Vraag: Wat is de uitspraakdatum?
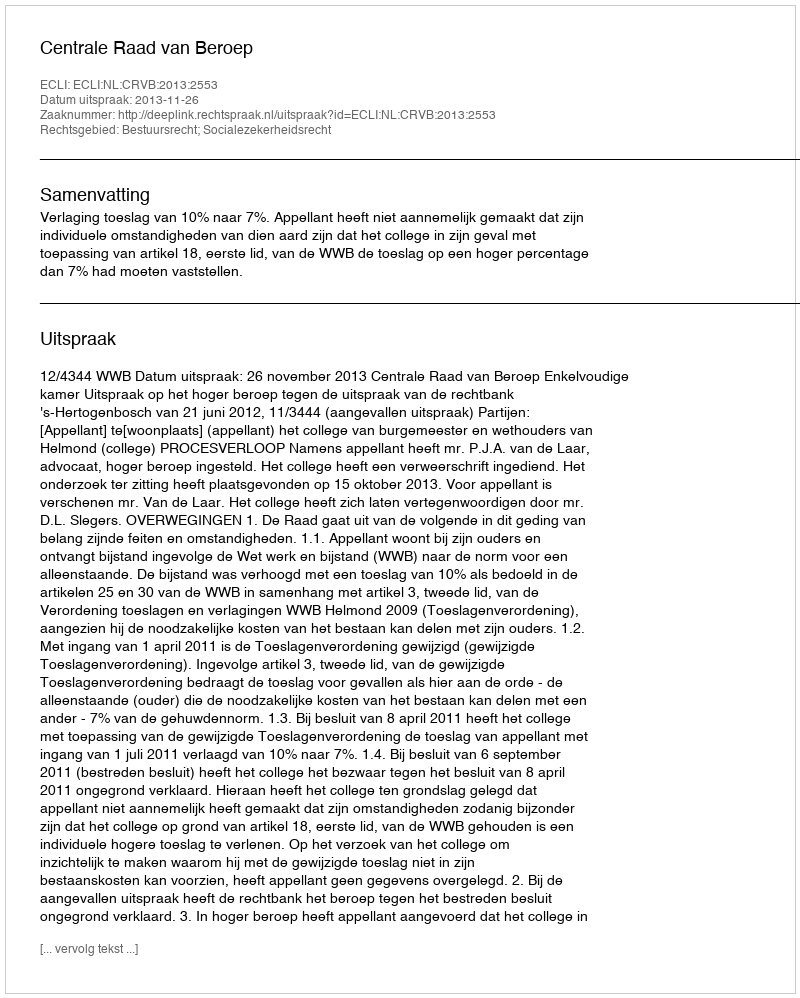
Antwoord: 2013-11-26